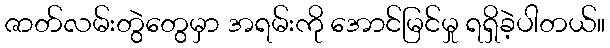
ဇာတ်လမ်းတွဲတွေမှာ အရမ်းကို အောင်မြင်မှု ရရှိခဲ့ပါတယ်။